Vaccination report Assam 1874-1896 - 1874-1896
Year: 1874
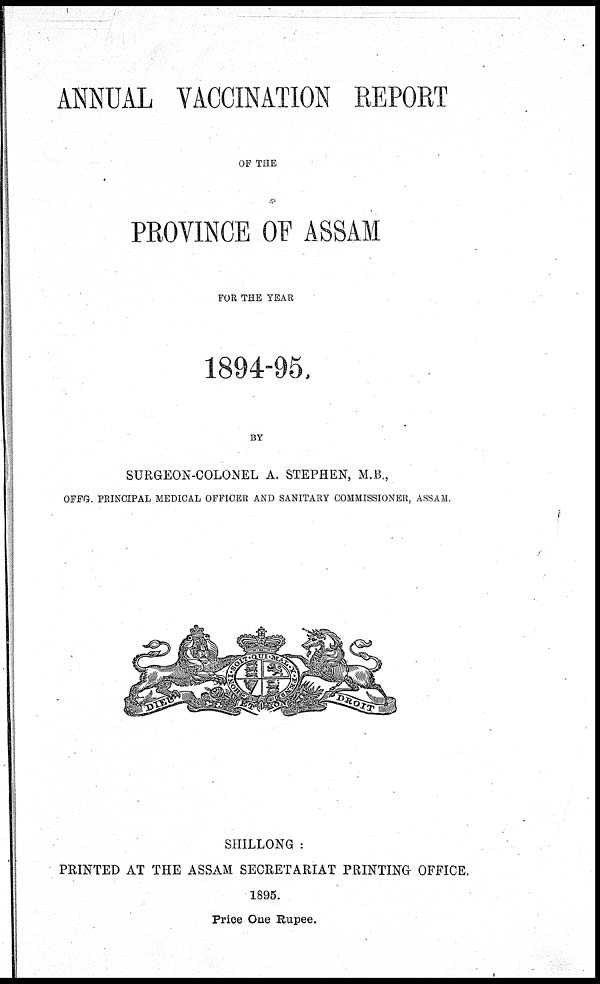
ANNUAL VACCINATION REPORT
OF THE
PROVINCE OF ASSAM
FOR THE YEAR
1894-95.
BY
SURGEON-COLONEL A. STEPHEN, M.B.,
OFFG. PRINCIPAL MEDICAL OFFICER AND SANITARY COMMISSIONER, ASSAM.
SHILLONG :
PRINTED AT THE ASSAM SECRETARIAT PRINTING OFFICE.
1895.
Price One Rupee.